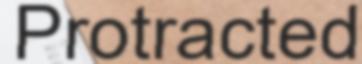
Protracted